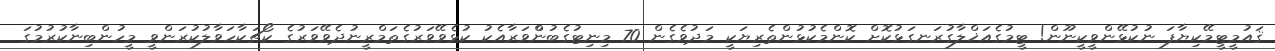
ޤައުމީޓީމޭކިޔާފަ ނުކުޅޭންވީކީނޫން! ޓީމުގެއަޚްލާގުރަނގަޅުކޮށް ކޮންމެކުޅުންތެރިޔަކީ މަދުވެގެން 70 މިނިޓުގެބުންްވަރާއެކު ކުޅެވޭވަރުގެތަމްރީނުދެވޭވަރުގެ ކޯޗަކާހަވާލުކުރަންވީ މީހުންބިނާކުރުމުގަ